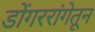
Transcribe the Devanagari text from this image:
डोंगररांगेतून